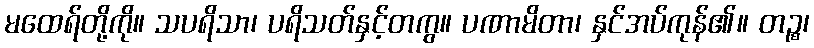
မထေရ်တို့ကို။ သပရိသာ၊ ပရိသတ်နှင့်တကွ။ ပဏာမိတာ၊ နှင်အပ်ကုန်၏။ တဉ္စ၊